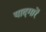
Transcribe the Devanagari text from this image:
यादगारें